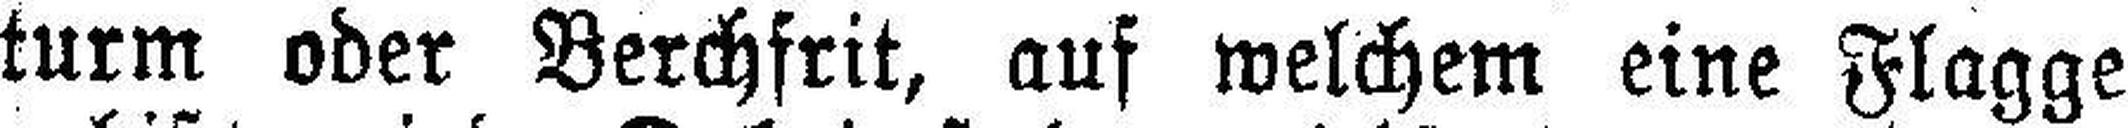
turm oder Berchfrit, auf welchem eine Flagge